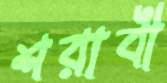
শরাবী